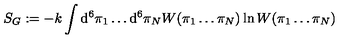
S _ { G } : = - k \int \mathrm { d } ^ { 6 } \pi _ { 1 } \ldots \mathrm { d } ^ { 6 } \pi _ { N } W ( \pi _ { 1 } \ldots \pi _ { N } ) \ln W ( \pi _ { 1 } \ldots \pi _ { N } )